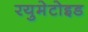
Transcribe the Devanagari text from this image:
रयुमेटोइड